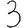
Digit: 3